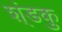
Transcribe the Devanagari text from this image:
श्ंडकु